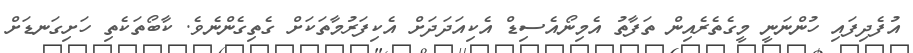
އުފެދިފައި ހުންނަނީ މީގެތެރެއިން ތަފާތު އެމިނޯއެސިޑް އެކިއަދަދަށް އެކިފަރުމާތަކަށް ގެތިގެންނެވެ. ކާބޯތަކެތި ހަށިގަނޑަށް